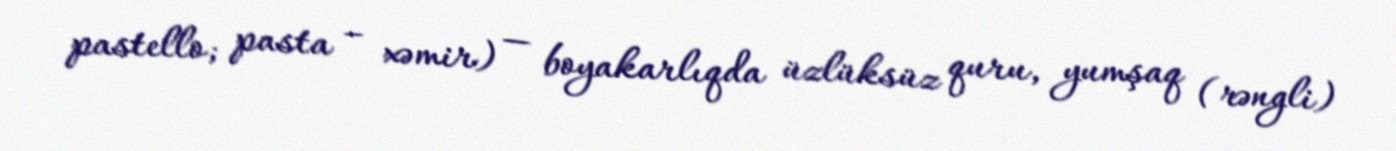
pastello; pasta – xəmir) — boyakarlıqda üzlüksüz quru, yumşaq (rəngli)